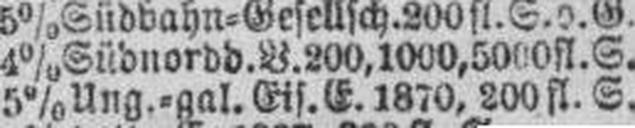
5% Ung.=gal. Eis. E. 1870, 200 fl. S.